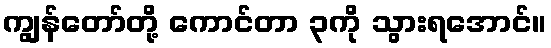
ကျွန်တော်တို့ ကောင်တာ ၃ကို သွားရအောင်။